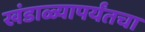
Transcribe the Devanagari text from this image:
खंडाळ्यापर्यंतचा